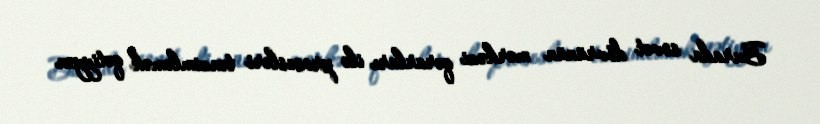
Burada sovet dövrünün mərkəzi qərarları ilə prosesləri tənzimləmək qətiyyən